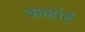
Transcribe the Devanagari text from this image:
कार्हार्ट